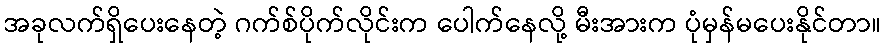
အခုလက်ရှိပေးနေတဲ့ ဂက်စ်ပိုက်လိုင်းက ပေါက်နေလို့ မီးအားက ပုံမှန်မပေးနိုင်တာ။